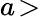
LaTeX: a\! >